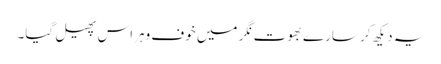
یہ دیکھ کر سارے بھوت نگر میں خوف وہراس پھیل گیا۔